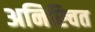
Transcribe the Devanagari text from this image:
अनिस्चित